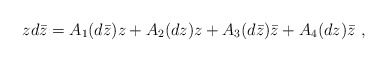
\begin{align*}zd\bar z = A_1(d\bar z) z + A_2(dz)z + A_3(d\bar z)\bar z +A_4(dz)\bar z\ , \end{align*}